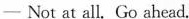
—Not at all. Go ahead.